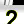
Digit: 2